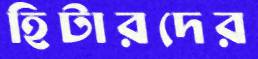
হিটারদের